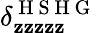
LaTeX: \delta_{\mathbf{z}\mathbf{z}\mathbf{z}\mathbf{z}\mathbf{z}}^{\mathrm{{~H~S~H~G~}}}